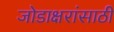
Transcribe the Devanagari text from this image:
जोडाक्षरांसाठी